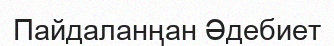
Пайдаланңан Әдебиет